65_HS1-834228961_62-HQ-83894_Section_1
Agency: FBI
Page 179
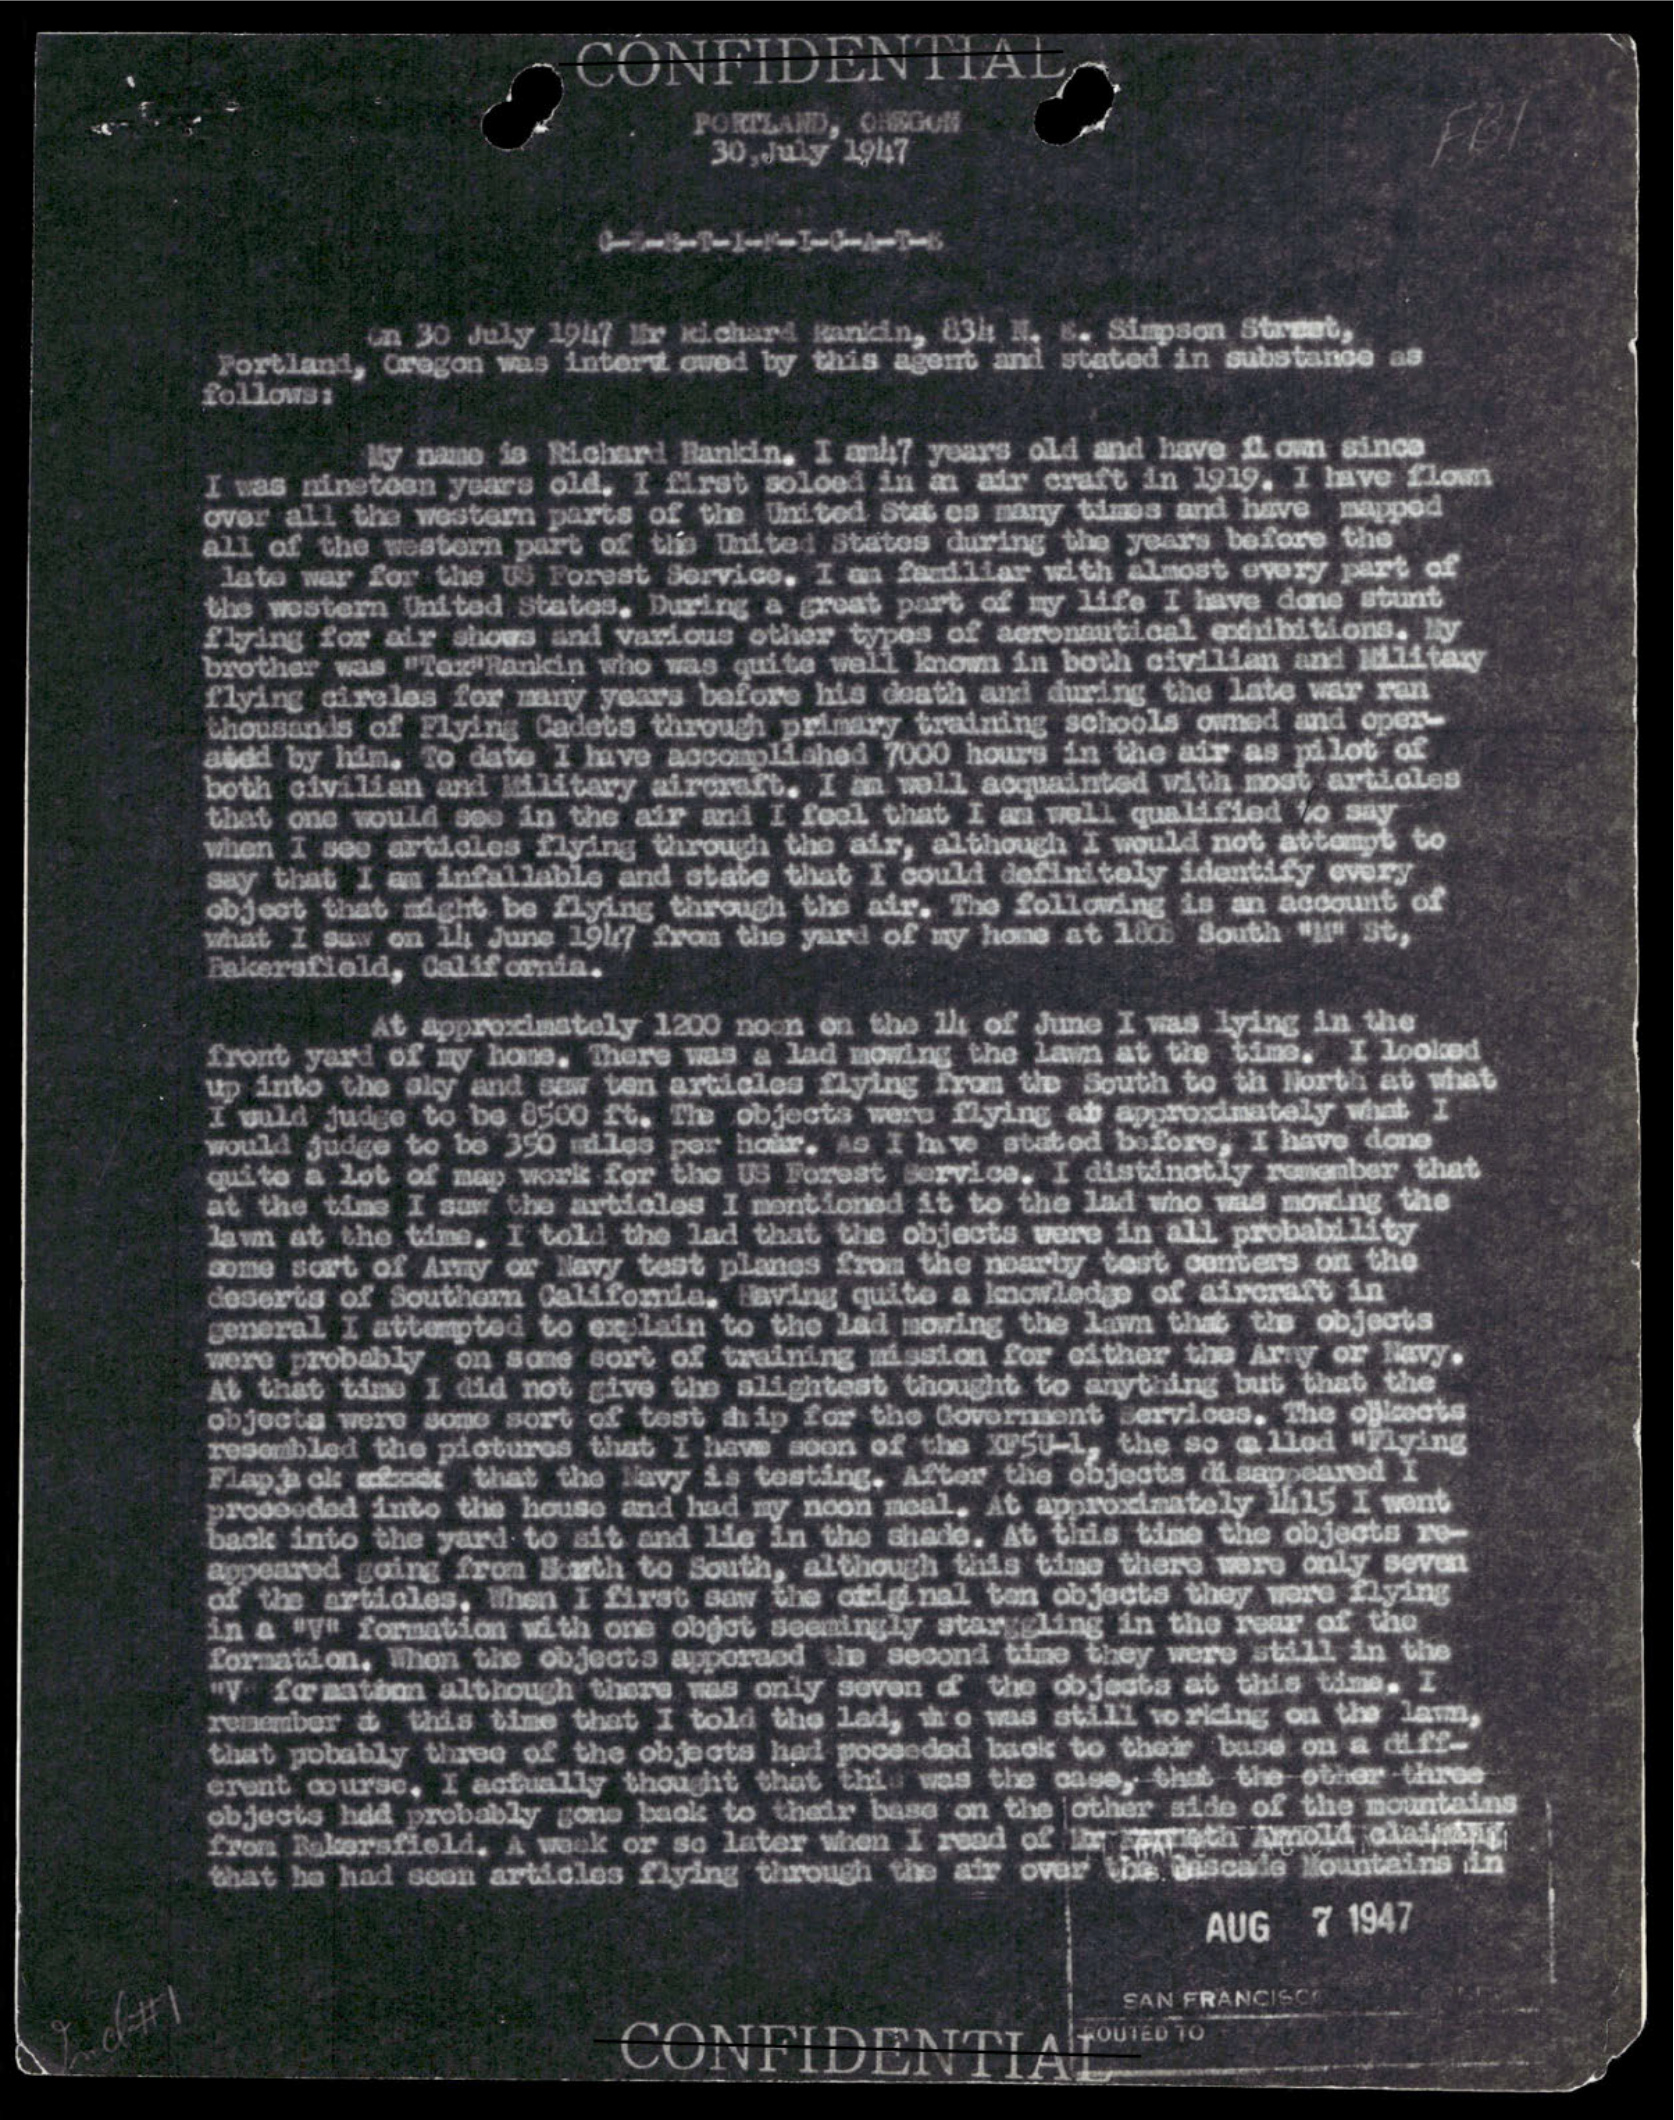